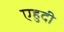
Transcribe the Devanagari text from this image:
एहुदी